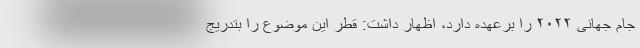
جام جهانی ۲۰۲۲ را برعهده دارد، اظهار داشت: قطر این موضوع را بتدریج